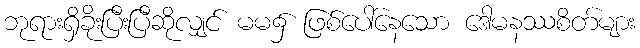
ဘုရားရှိခိုးပြီးပြီဆိုလျှင် မမ၌ ဖြစ်ပေါ်နေသော ဒေါမနဿစိတ်များ